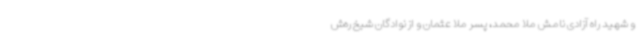
و شهید راه آزادی نامش ملا محمد، پسر ملا عثمان و از نوادگان شیخ ره‌ش